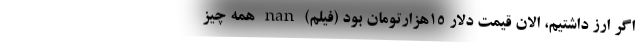
اگر ارز داشتیم، الان قیمت دلار ۱۵هزارتومان بود (فیلم) nan همه چیز